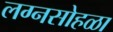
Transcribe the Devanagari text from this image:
लग्नसोहळा